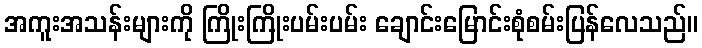
အကူးအသန်းများကို ကြိုးကြိုးပမ်းပမ်း ချောင်းမြောင်းစုံစမ်းပြန်လေသည်။